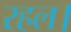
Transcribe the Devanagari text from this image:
रहल।